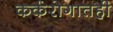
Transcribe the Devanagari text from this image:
कर्करोगातही